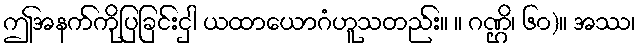
ဤအနက်ကိုပြခြင်းငှါ ယထာယောဂံဟူသတည်း။ ။ ဂဏ္ဌိ၊ ၆၀)။ အဿ၊